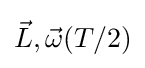
{\vec {L}},{\vec {\omega }}(T/2)